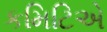
કમિટિએ